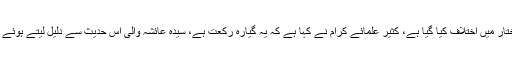
پھر قیام کے عددِ مختار میں اختلاف کیا گیا ہے، کثیر علمائے کرام نے کہا ہے کہ یہ گیارہ رکعت ہے، سیدہ عائشہؓ والی اس حدیث سے دلیل لیتے ہوئے جو گزر چکی ہے”۔